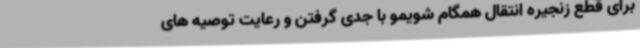
برای قطع زنجیره انتقال همگام شویمو با جدی گرفتن و رعایت توصیه های